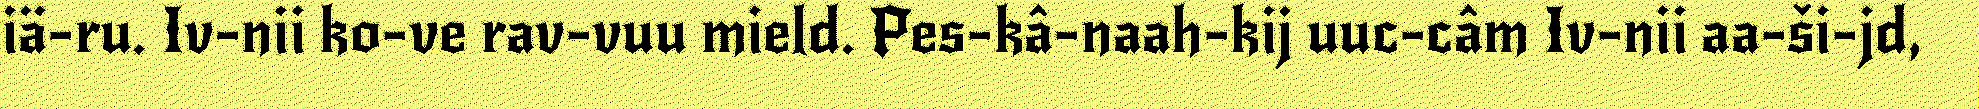
iä-ru. Iv-nii ko-ve rav-vuu mield. Pes-kâ-naah-kij uuc-câm Iv-nii aa-ši-jd,